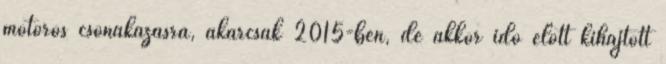
motoros csónakázásra, akárcsak 2015-ben, de akkor idõ elõtt kihajtott